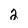
Character: 2